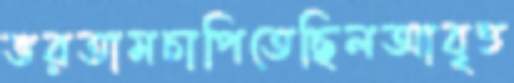
ভরতামচাপিতেছিলআবৃত্ত